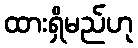
ထားရှိမည်ဟု